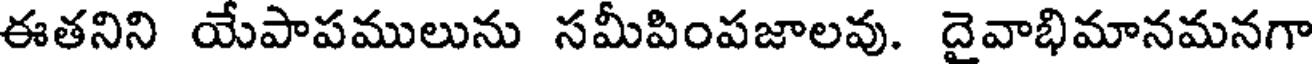
ఈతనిని యేపాపములును సమీపింపజాలవు. దైవాభిమానమనగా